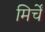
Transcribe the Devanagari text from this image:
मिर्चें